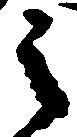
之